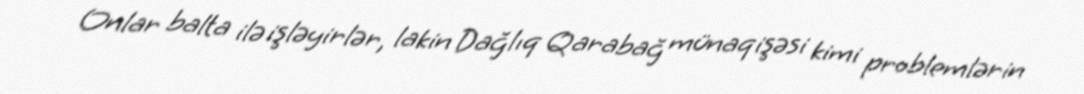
Onlar balta ilə işləyirlər, lakin Dağlıq Qarabağ münaqişəsi kimi problemlərin